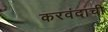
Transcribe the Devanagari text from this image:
करवंदाची